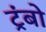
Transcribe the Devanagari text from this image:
ट्रंबो